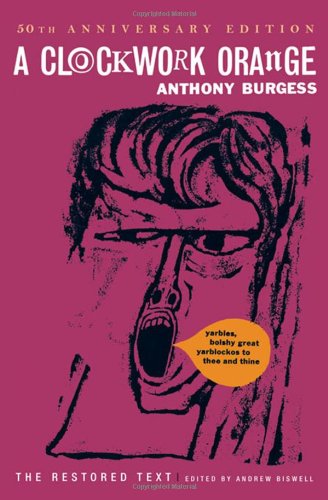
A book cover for A Clockwork Orange (Restored Text); Anthony Burgess; Humor & Entertainment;